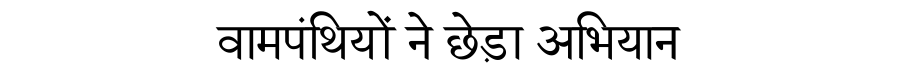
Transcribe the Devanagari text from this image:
वामपंथियों ने छेड़ा अभियान